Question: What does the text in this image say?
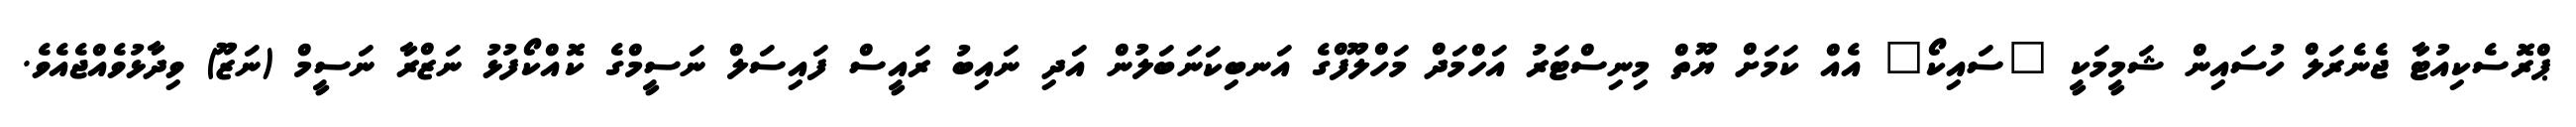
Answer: ޕްރޮސެކިއުޓާ ޖެނެރަލް ހުސައިން ޝަމީމަކީ "ސައިކޯ" އެއް ކަމަށް ޔޫތް މިނިސްޓަރު އަހްމަދް މަހްލޫފްގެ އަނބިކަނަބަލުން އަދި ނައިބު ރައީސް ފައިސަލް ނަސީމްގެ ކޮއްކޯފުޅު ނަޒްރާ ނަސީމް (ނަޒޫ) ވިދާޅުވެއްޖެއެވެ.